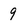
Character: 9